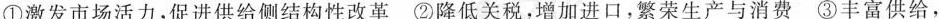
①激发市场活力，促进供给侧结构性改革 ②降低关税，增加进口，繁荣生产与消费 ③丰富供给，